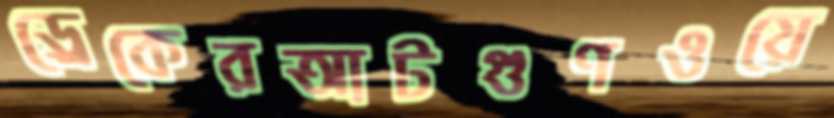
ড্রেকেরআটগুণওয়ে